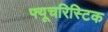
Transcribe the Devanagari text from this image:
फ्यूचरिस्टिक